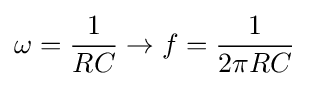
\omega ={\frac {1}{RC}}\rightarrow f={\frac {1}{2\pi RC}}